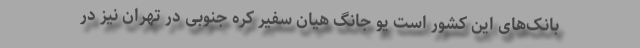
بانک‌های این کشور است یو جانگ هیان سفیر کره جنوبی در تهران نیز در